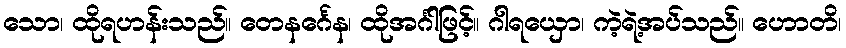
သော၊ ထိုရဟန်းသည်။ တေနင်္ဂေန၊ ထိုအင်္ဂါဖြင့်။ ဂါရယှော၊ ကဲ့ရဲ့အပ်သည်။ ဟောတိ၊